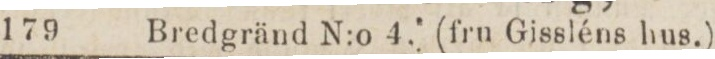
179    Bredgränd N:o 4. (fru Gissléns hus.)